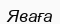
Яваға